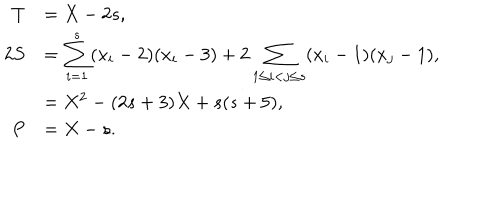
\begin{array} { r l } { { T } } & { { = X - 2 s , } } \\ { { 2 S } } & { { = \displaystyle \sum _ { i = 1 } ^ { s } ( x _ { i } - 2 ) ( x _ { i } - 3 ) + 2 \sum _ { 1 \le i < j \le s } ( x _ { i } - 1 ) ( x _ { j } - 1 ) , } } \\ { { } } & { { = X ^ { 2 } - ( 2 s + 3 ) X + s ( s + 5 ) , } } \\ { { P } } & { { = X - s . } } \\ \end{array}